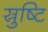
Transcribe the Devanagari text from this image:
स्रुष्टि